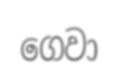
ගෙවා